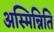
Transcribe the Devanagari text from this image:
अस्मिन्निति